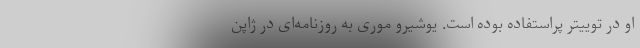
او در توییتر پراستفاده بوده است. یوشیرو موری به روزنامه‌ای در ژاپن